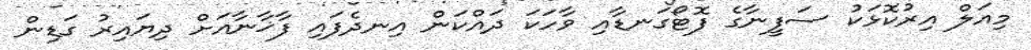
މިއަލް އިރުކޮޅަކު ސަފީނާގެ ފޮޓޯގަނޑާއި ވާހަކަ ދައްކަން އިނދެފައި ފާޚާނާއަށް ދިޔައިރު ގަޑިން